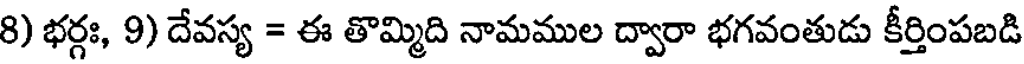
8) భర్గః, 9) దేవస్య = ఈ తొమ్మిది నామముల ద్వారా భగవంతుడు కీర్తింపబడి